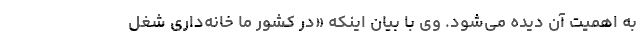
به اهمیت آن دیده می‌شود. وی با بیان اینکه «در کشور ما خانه‌داری شغل